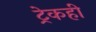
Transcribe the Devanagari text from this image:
ट्रेकही